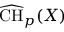
{ \widehat { \mathrm { C H } } } _ { p } ( X )